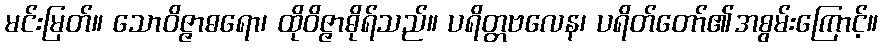
မင်းမြတ်။ သောဝိဇ္ဇာဓရော၊ ထိုဝိဇ္ဇာဓိုရ်သည်။ ပရိတ္တဗလေန၊ ပရိတ်တော်၏အစွမ်းကြောင့်။